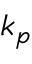
k _ { p }